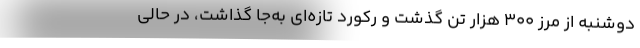
دوشنبه از مرز ۳۰۰ هزار تن گذشت و رکورد تازه‌ای به‌جا گذاشت، در حالی